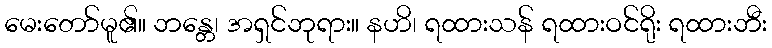
မေးတော်မူ၏။ ဘန္တေ၊ အရှင်ဘုရား။ နဟိ၊ ရထားသန် ရထားဝင်ရိုး ရထားဘီး